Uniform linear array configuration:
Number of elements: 16
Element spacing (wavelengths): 0.25
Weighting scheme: hamming
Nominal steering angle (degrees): -60
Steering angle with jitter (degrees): -59.511
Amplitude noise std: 0.05
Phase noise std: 0.05

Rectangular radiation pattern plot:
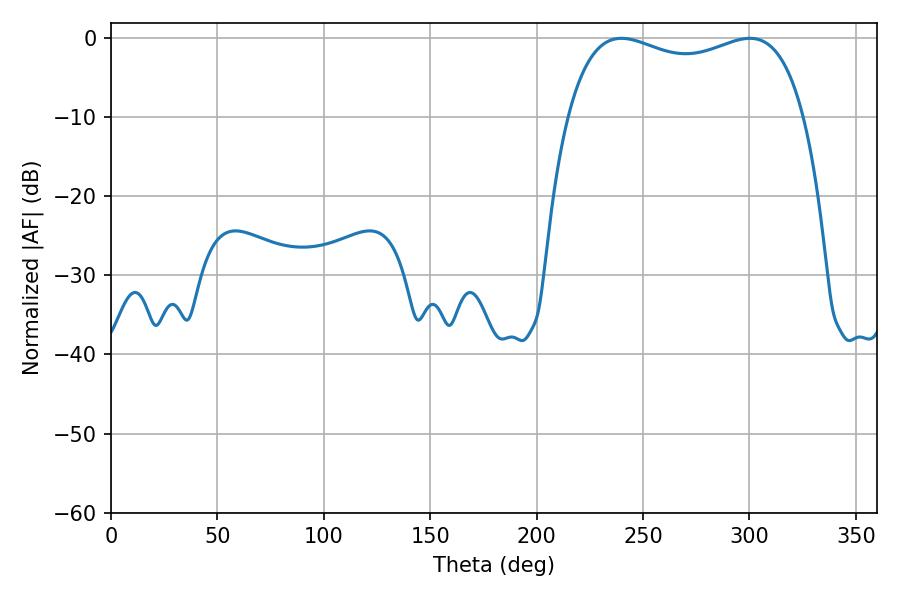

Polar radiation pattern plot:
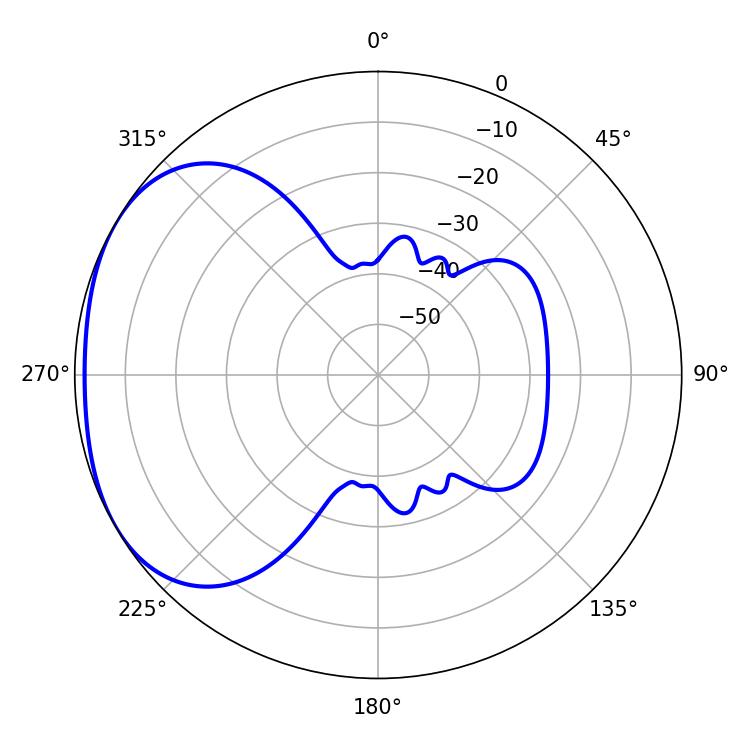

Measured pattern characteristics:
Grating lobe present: FALSE
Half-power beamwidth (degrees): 91.44
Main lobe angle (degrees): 239.76